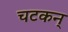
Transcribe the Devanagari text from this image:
चटकन्